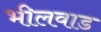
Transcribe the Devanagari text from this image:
भीलवाड